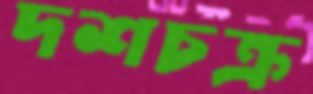
দশচক্র